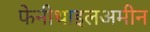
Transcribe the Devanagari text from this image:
फेनीथाइलअमीन